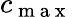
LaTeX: c_{\mathrm{~m~a~x~}}